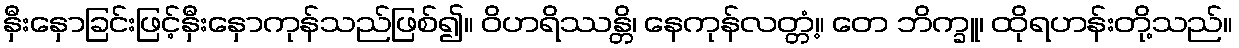
နှီးနှောခြင်းဖြင့်နှီးနှောကုန်သည်ဖြစ်၍။ ဝိဟရိဿန္တိ၊ နေကုန်လတ္တံ့။ တေ ဘိက္ခူ၊ ထိုရဟန်းတို့သည်။